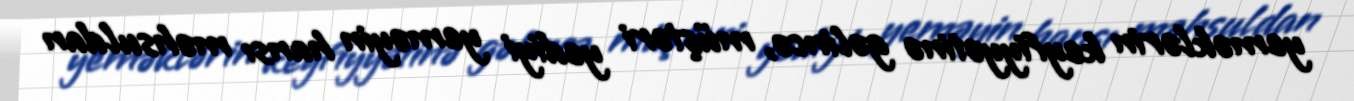
yeməklərin keyfiyyətinə gəlincə, müştəri yediyi yeməyin hansı məhsuldan